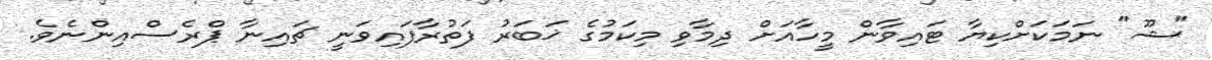
"ޝޫ" ނަމަކަށްކިޔާ ޓައިވާން މީހާއަށް ދިމާވި މިކަމުގެ ޚަބަރު ފަތުރާފައިވަނީ ޗައިނާ ޕްރެސްއިންނެވެ.